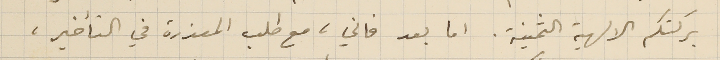
بركتكم الالهية الثمنية. اما بعد فاني، مع طلب المعذرة في التأخير،